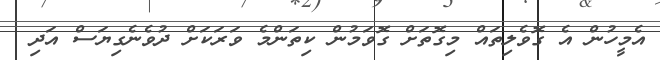
އެމީހުން އެ ގޮވެލިތައް މިގޮތަށް ގޮވަމުން ކިތަންމެ ވަރަކަށް ދުވެނެގިޔަސް އަދި